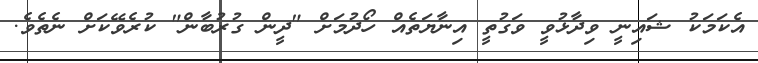
އެކަމަކު ޝައިނީ ވިދާޅުވީ ވަގުތީ އިނާޔަތެއް ހޯދުމަށް "ދީން ގުރުބާން" ކުރެވޭކަށް ނެތެވެ.